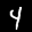
Label: 4